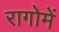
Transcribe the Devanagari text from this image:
रागोमें